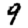
Digit: 9